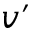
v ^ { \prime }